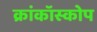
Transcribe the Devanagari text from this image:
क्रांकॉस्कोप